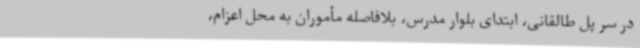
در سر پل طالقانی، ابتدای بلوار مدرس، بلافاصله مأموران به محل اعزام،